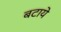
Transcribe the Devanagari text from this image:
बटाये